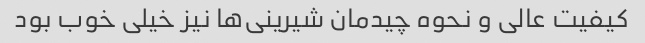
کیفیت عالی و نحوه چیدمان شیرینی‌ها نیز خیلی خوب بود